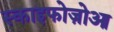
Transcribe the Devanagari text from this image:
स्काइफोज़ोआ